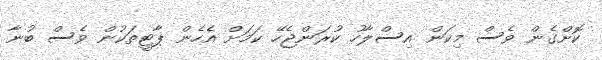
ކޮށްގެން ވެސް މިކަން އިސްލާހު ކުރަންޖެހޭ ކަމަށް އެހެން ޕާޓީތަކުން ވެސް ބުނާ